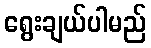
ရွေးချယ်ပါမည်